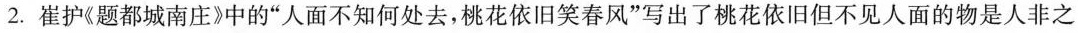
2.崔护《题都城南庄》中的”人面不知何处去，桃花依旧笑春风”写出了桃花依旧但不见人面的物是人非之